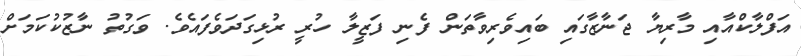
އަފްލާކްއާއި މާރިޔާ ޖަނާޒާގައި ބައިވެރިވާތަން ފެނި ފަޒީލާ ހުރީ ރުޅިގަދަވެފައެވެ. ވަގުތު ނާޒުކުކަމަށް